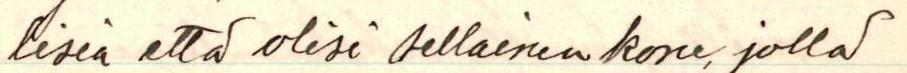
lisia että olisi sellainen kone, jolla